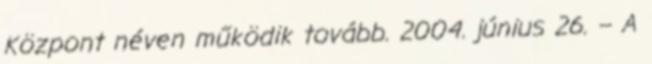
Központ néven működik tovább. 2004. június 26. – A